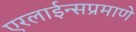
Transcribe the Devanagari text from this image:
एरलाईन्सप्रमाणे